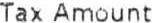
TAX AMOUNT